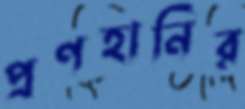
প্রণহানির